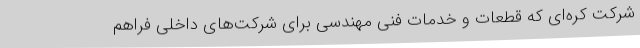
شرکت کره‌ای که قطعات و خدمات فنی مهندسی برای شرکت‌های داخلی فراهم